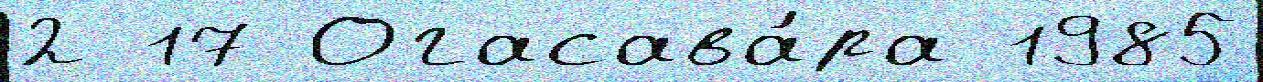
2 17 Огасава́ра 1985